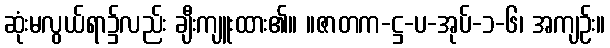
ဆုံးမလွယ်ရာ၌လည်း ချီးကျူးထား၏။ ။ဇာတက-ဋ္ဌ-ပ-အုပ်-၁-၆၊ အကျဉ်း။